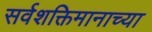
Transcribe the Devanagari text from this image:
सर्वशक्तिमानाच्या